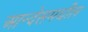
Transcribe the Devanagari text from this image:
आन्देसमधील